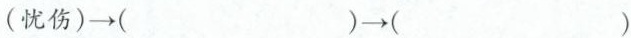
(忧伤)→( )→( )